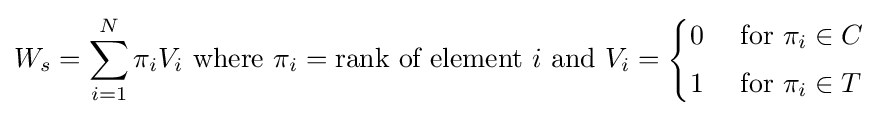
W_{s}=\sum _{i=1}^{N}\pi _{i}V_{i}{\text{ where }}\pi _{i}={\text{rank of element }}i{\text{ and }}V_{i}={\begin{cases}0&{\text{ for }}\pi _{i}\in C\\[3pt]1&{\text{ for }}\pi _{i}\in T\end{cases}}